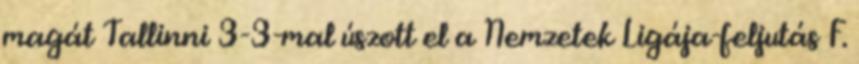
magát Tallinni 3-3-mal úszott el a Nemzetek Ligája-feljutás F.